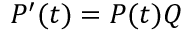
P ^ { \prime } ( t ) = P ( t ) Q